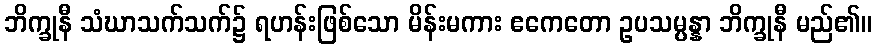
ဘိက္ခုနီ သံဃာသက်သက်၌ ရဟန်းဖြစ်သော မိန်းမကား ဧကေတော ဥပသမ္ပန္နာ ဘိက္ခုနီ မည်၏။